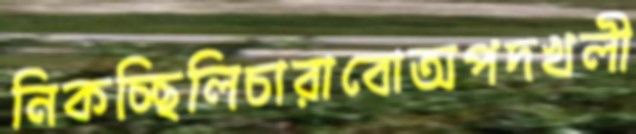
নিকচ্ছিলিচারাবোঅপদখলী